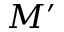
M ^ { \prime }